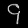
Digit: ၄